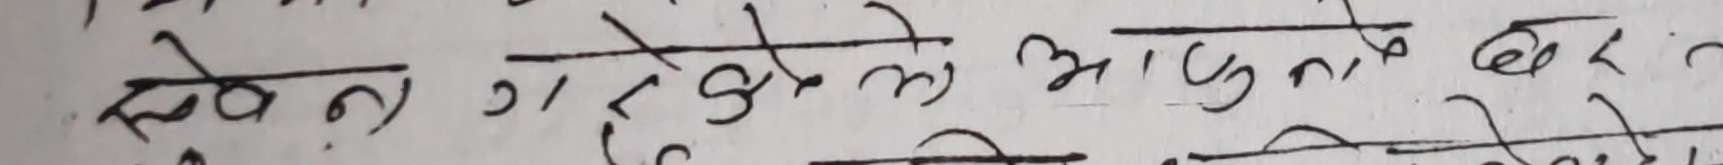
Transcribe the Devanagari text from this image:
लेख्न गराएको ले आफुनै घरमा